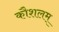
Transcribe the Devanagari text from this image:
कौशलम्